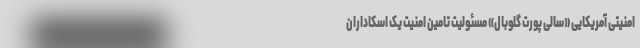
امنیتی آمریکایی «سالی پورت گلوبال» مسئولیت تامین امنیت یک اسکاداران